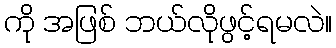
ကို အဖြစ် ဘယ်လိုဖွင့်ရမလဲ။